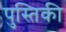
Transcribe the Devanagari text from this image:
पुस्तिकी